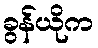
ခွန်ယိုက